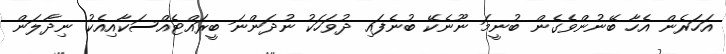
އަހަރެން އެހާ ބޭނުންވެގެން ބުނީމަ ނޫނެކޭ ބުނެފައި ދުވަހަކު ނުދަންނަ ބީރައްޓެއްސަކާއިއެކު ނިދާލަން